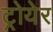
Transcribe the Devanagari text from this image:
ट्रोयेर